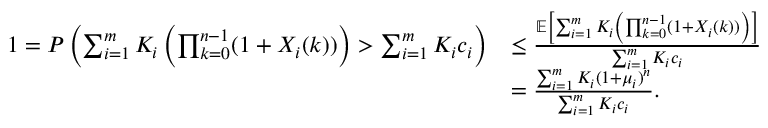
\begin{array} { r l } { 1 = P \left( \sum _ { i = 1 } ^ { m } K _ { i } \left( \prod _ { k = 0 } ^ { n - 1 } ( 1 + X _ { i } ( k ) ) \right) > \sum _ { i = 1 } ^ { m } K _ { i } c _ { i } \right) } & { \leq \frac { \mathbb { E } \left[ \sum _ { i = 1 } ^ { m } K _ { i } \left( \prod _ { k = 0 } ^ { n - 1 } ( 1 + X _ { i } ( k ) ) \right) \right] } { \sum _ { i = 1 } ^ { m } K _ { i } c _ { i } } } \\ & { = \frac { \sum _ { i = 1 } ^ { m } K _ { i } ( 1 + \mu _ { i } ) ^ { n } } { \sum _ { i = 1 } ^ { m } K _ { i } c _ { i } } . } \end{array}